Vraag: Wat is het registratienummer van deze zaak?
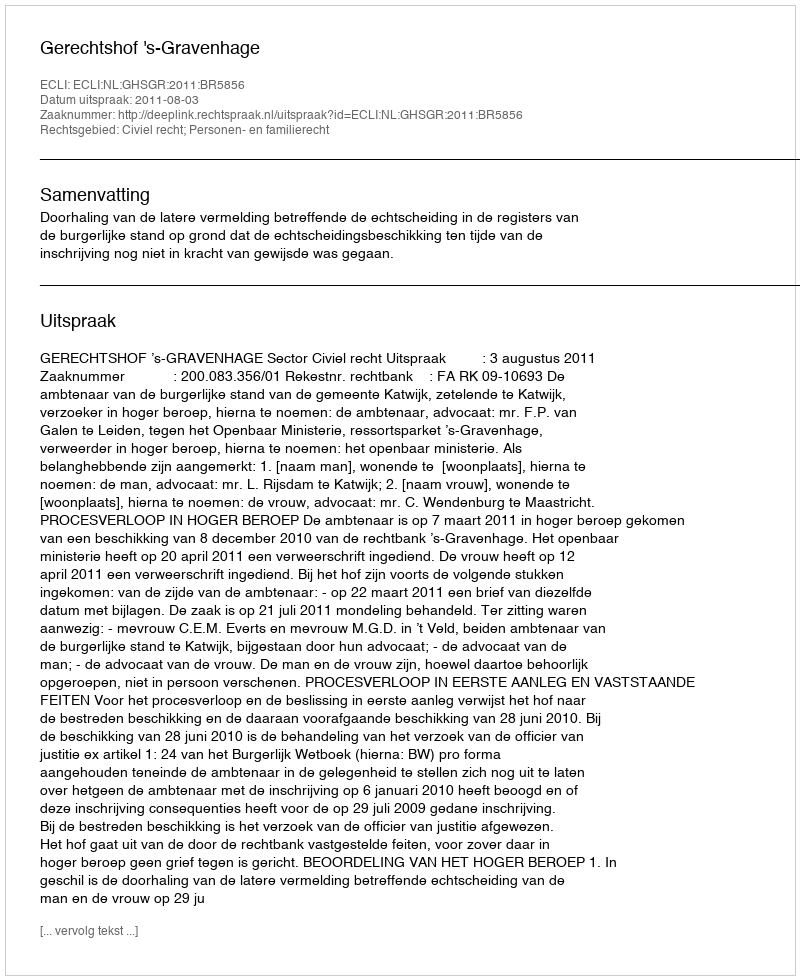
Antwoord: http://deeplink.rechtspraak.nl/uitspraak?id=ECLI:NL:GHSGR:2011:BR5856